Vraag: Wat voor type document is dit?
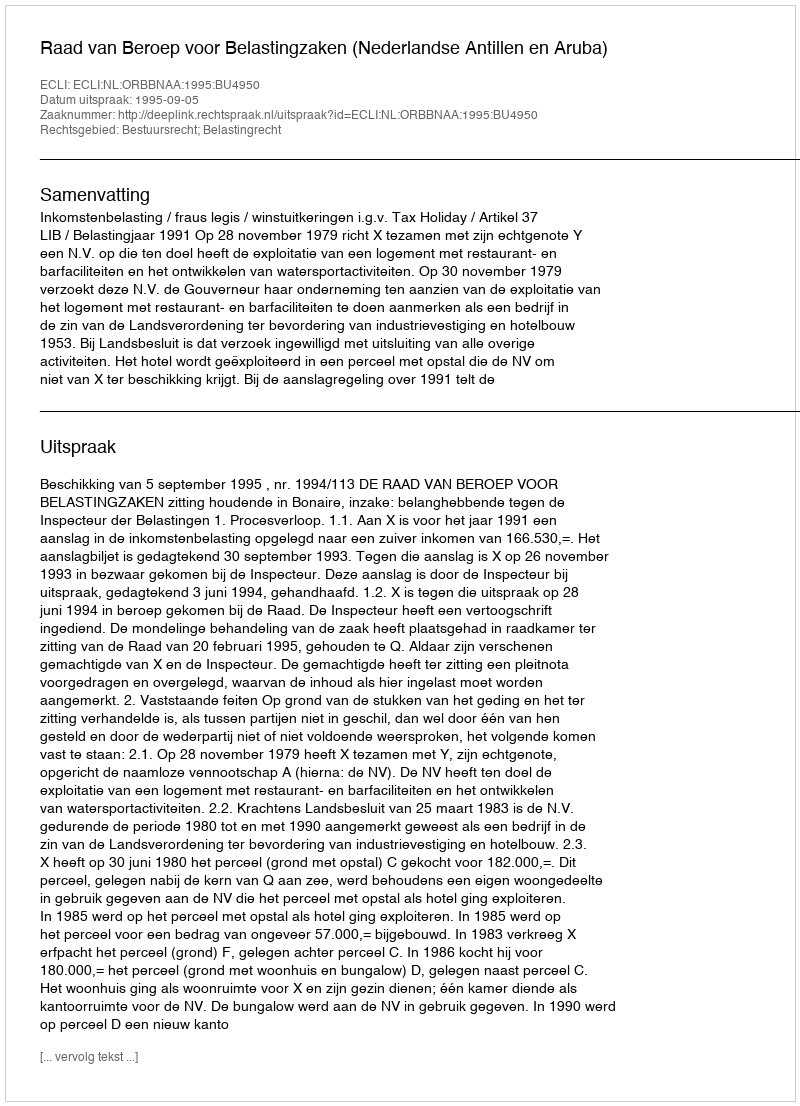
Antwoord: Uitspraak